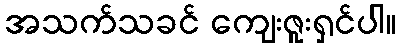
အသက်သခင် ကျေးဇူးရှင်ပါ။